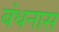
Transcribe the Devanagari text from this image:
बंधनास